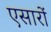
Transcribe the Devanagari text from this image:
एसारों